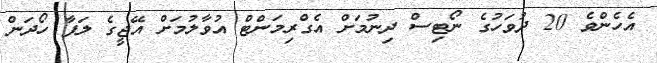
އެހެންވެ 20 ދުވަހުގެ ނޯޓިސް ދިނުމަށް އެގްރިމަންޓް އުވާލުމަށް އޭޖީގެ ލަފާ ހޯދަން